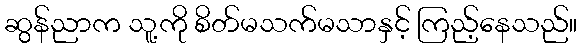
ဆွန်ညာက သူ့ကို စိတ်မသက်မသာနှင့် ကြည့်နေသည်။